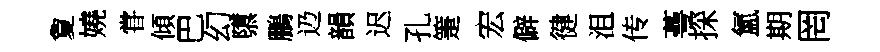
夐嬈甞傾巴幻隳鵬辸韻迟孔箑宏僻徤沮传蕚探氳期罔